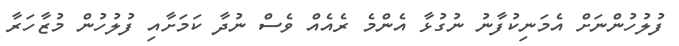
ފުލުހުންނަށް އެމަނިކުފާނު ނުގުޅާ އެންމެ ރެއެއް ވެސް ނުދާ ކަމަށާއި ފުލުހުން މުޒާހަރާ